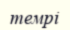
темрі